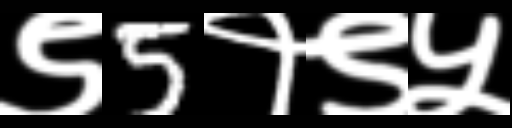
Text: ९5१९५